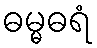
ဓမ္မဓရံ